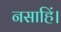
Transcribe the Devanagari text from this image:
नसाहिं।